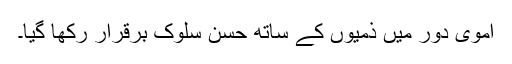
اموی دور میں ذمیوں کے ساتھ حسن سلوک برقرار رکھا گیا۔